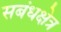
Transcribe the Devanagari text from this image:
सबंधक्षेत्र